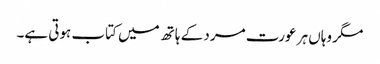
مگر وہاں ہر عورت مرد کے ہاتھ میں کتاب ہوتی ہے۔